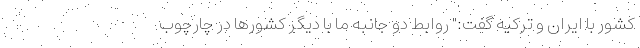
کشور با ایران و ترکیه گفت:" روابط دو جانبه ما با دیگر کشورها در چارچوب